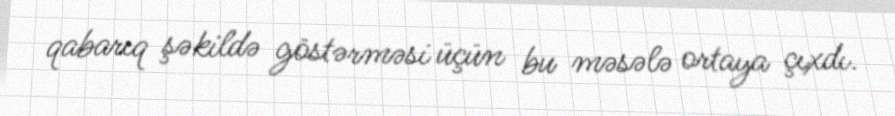
qabarıq şəkildə göstərməsi üçün bu məsələ ortaya çıxdı.